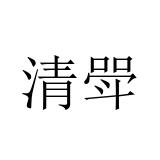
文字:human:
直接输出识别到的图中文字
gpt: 清斝